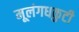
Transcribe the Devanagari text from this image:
मूलंगधकुटी